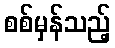
စစ်မှန်သည့်